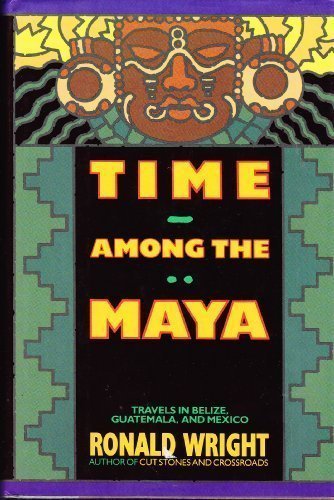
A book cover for Time Among the Maya: Travels in Belize, Guatemala, and Mexico; Ronald Wright; Travel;